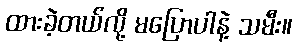
ထားခဲ့တယ်လို့ မပြောပါနဲ့ သမီး။